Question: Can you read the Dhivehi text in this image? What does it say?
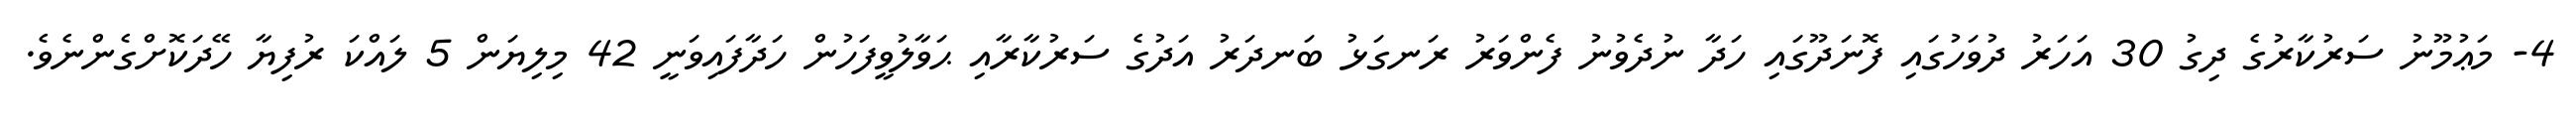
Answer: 4- މަޢުމޫނު ސަރުކާރުގެ ދިގު 30 އަހަރު ދުވަހުގައި ފޮނަދޫގައި ހަދާ ނުދެވުނު ފެންވަރު ރަނގަޅު ބަނދަރު އަދުގެ ސަރުކާރާއި ޙަވާލުވީފަހުން ހަދާފައިވަނީ 42 މިލިޔަން 5 ލައްކަ ރުފިޔާ ހޭދަކޮށްގެންނެވެ.